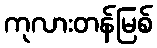
ကုလားတန်မြစ်